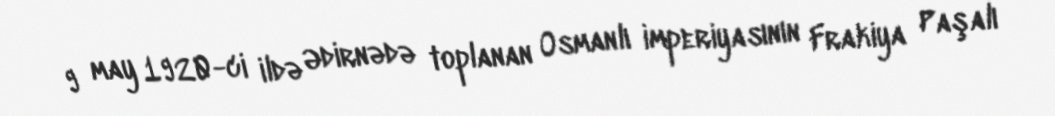
9 may 1920-ci ildə Ədirnədə toplanan Osmanlı imperiyasının Frakiya Paşalı